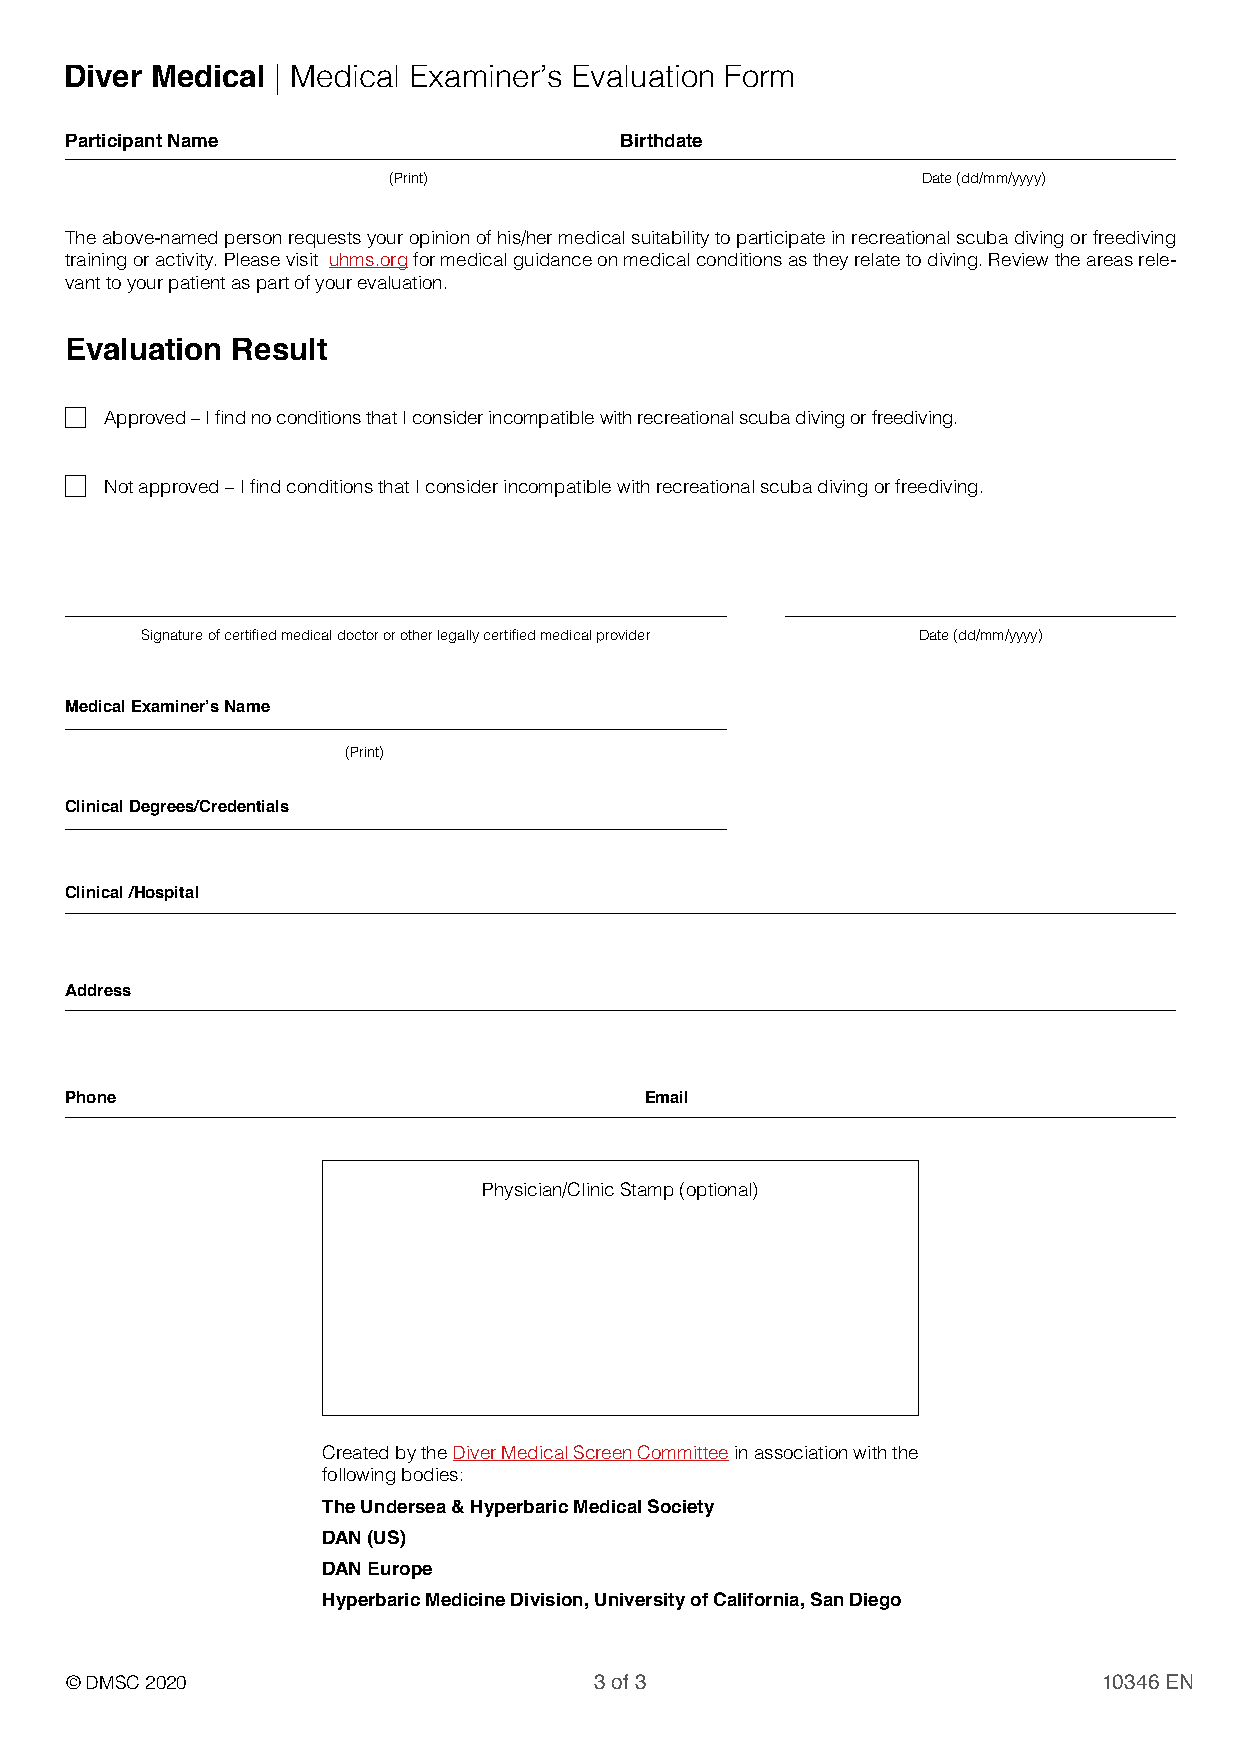
Diver Medical | Medical Examiner’s Evaluation Form
 Participant Name                     Birthdate
 (Print)                            Date (dd/mm/yyyy)
 The above-named person requests your opinion of his/her medical suitability to participate in recreational scuba diving or freediving
 training or activity. Please visit uhms.org for medical guidance on medical conditions as they relate to diving. Review the areas rele-
 vant to your patient as part of your evaluation.
 Evaluation Result
 Approved – I find no conditions that I consider incompatible with recreational scuba diving or freediving.
 Not approved – I find conditions that I consider incompatible with recreational scuba diving or freediving.
 Signature of certified medical doctor or other legally certified medical provider Date (dd/mm/yyyy)
 Medical Examiner’s Name
 (Print)
 Clinical Degrees/Credentials
 Clinical /Hospital
 Address
 Phone                                  Email
 Physician/Clinic Stamp (optional)
 Created by the Diver Medical Screen Committee in association with the
 following bodies:
 The Undersea & Hyperbaric Medical Society
 DAN (US)
 DAN Europe
 Hyperbaric Medicine Division, University of California, San Diego
 © DMSC 2020                        3 of 3                            10346 EN